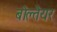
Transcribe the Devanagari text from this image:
बोल्तेयर